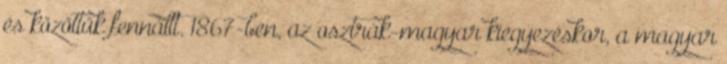
és közöttük fennállt. 1867-ben, az osztrák-magyar kiegyezéskor, a magyar